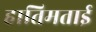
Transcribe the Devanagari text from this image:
हातिमताई